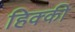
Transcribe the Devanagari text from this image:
हिक्‍की